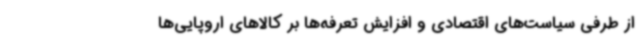
از طرفی سیاست‌های اقتصادی و افزایش تعرفه‌ها بر کالاهای اروپایی‌ها